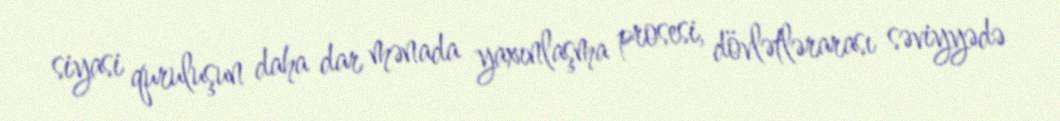
siyasi quruluşun daha dar mənada yaxınlaşma prosesi, dövlətlərarası səviyyədə